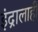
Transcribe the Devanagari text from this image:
इंद्रालाही